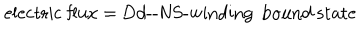
LaTeX: \mathrm { e l e c t r i c ~ f l u x } = \mathrm { D } d \mathrm { - - N S - w i n d i n g } \; \, \mathrm { b o u n d ~ s t a t e }